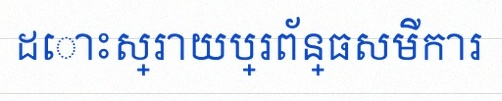
ដោះស្រាយប្រព័ន្ធសមីការ